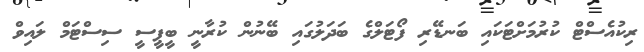
ރިކުއެސްޓް ކުރުމަށްޓަކައި ބަނޑޭރި ފޯޓަލްގެ ބަދަލުގައި ބޭނުން ކުރާނީ ބީޕީސީ ސިސްޓަމް ލައިވް